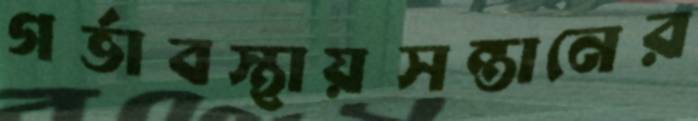
গর্ভাবস্থায়সন্তানের